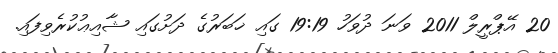
20 އޭޕްރީލް 2011 ވަނަ ދުވަހު 19:19 ގައި ޚަބަރުގެ ދަށުގައި ޝާއިޢުކުރެވިފައި.